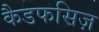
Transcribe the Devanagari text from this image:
कैडफसिज़